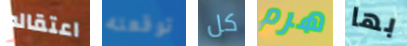
اعتقاله توقعته كل هرم بها